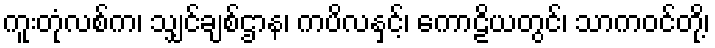
ကူးတုံလစ်က၊ သျှင်ချစ်ဌာန၊ ကပိလနှင့်၊ ကောဠိယတွင်၊ သာကဝင်တို့၊